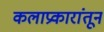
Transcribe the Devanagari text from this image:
कलाप्रकारांतून